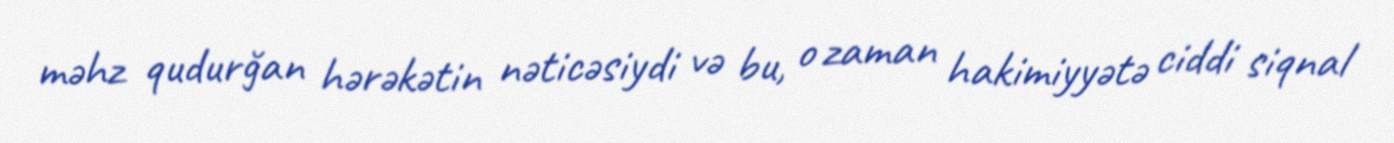
məhz qudurğan hərəkətin nəticəsiydi və bu, o zaman hakimiyyətə ciddi siqnal